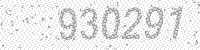
Solution: 930291